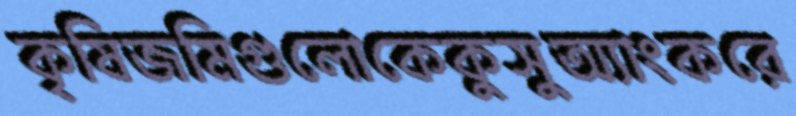
কৃষিজমিগুলোকেকুসুঅ্যাংকরে